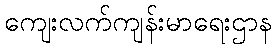
ကျေးလက်ကျန်းမာရေးဌာန